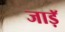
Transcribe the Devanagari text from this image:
जाड़ॅ